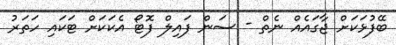
ބޭފުޅަކަށް ޖާގައެއް ނެތް - ސަން ފައިލް ފޮޓޯ އެކަކަށް ޓަކައި ހަތަރު